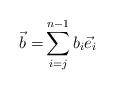
LaTeX: \begin{align*}\vec{b} =& \sum_{i=j}^{n-1} b_i \vec{e}_i \end{align*}